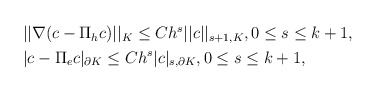
\begin{align*}\begin{aligned}&||\nabla(c-\Pi_hc)||_K\leq Ch^s||c||_{s+1,K},0\leq s\leq k+1,\\&|c-\Pi_ec|_{\partial K}\leq Ch^{s}|c|_{s,\partial K},0\leq s\leq k+1,\end{aligned}\end{align*}